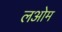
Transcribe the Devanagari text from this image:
लओम